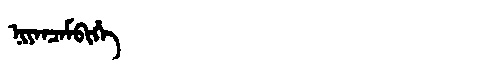
Manchu: ᠨᡳᠶᠠᠨᠴᠠᠮᠪᡳᡥᡝ
Romanization: NIYANCAMBIHE